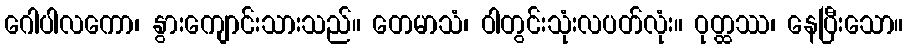
ဂေါပါလကော၊ နွားကျောင်းသားသည်။ တေမာသံ၊ ဝါတွင်းသုံးလပတ်လုံး။ ဝုတ္ထဿ၊ နေပြီးသော။